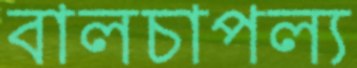
বালচাপল্য